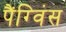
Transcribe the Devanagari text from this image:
पैंग्विंस